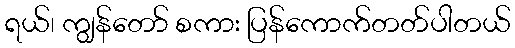
ရယ်၊ ကျွန်တော် စကား ပြန်ကောက်တတ်ပါတယ်